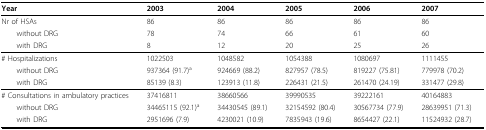
| Year | 2003 | 2004 | 2005 | 2006 | 2007 |
 | --- | --- | --- | --- | --- | --- |
 | Nr of HSAs | 86 | 86 | 86 | 86 | 86 |
 | without DRG | 78 | 74 | 66 | 61 | 60 |
 | with DRG | 8 | 12 | 20 | 25 | 26 |
 | # Hospitalizations | 1022503 | 1048582 | 1054388 | 1080697 | 1111455 |
 | without DRG | 937364 (91.7)a | 924669 (88.2) | 827957 (78.5) | 819227 (75.81) | 779978 (70.2) |
 | with DRG | 85139 (8.3) | 123913 (11.8) | 226431 (21.5) | 261470 (24.19) | 331477 (29.8) |
 | # Consultations in ambulatory practices | 37416811 | 38660566 | 39990535 | 39222161 | 40164883 |
 | without DRG | 34465115 (92.1)a | 34430545 (89.1) | 32154592 (80.4) | 30567734 (77.9) | 28639951 (71.3) |
 | with DRG | 2951696 (7.9) | 4230021 (10.9) | 7835943 (19.6) | 8654427 (22.1) | 11524932 (28.7) |